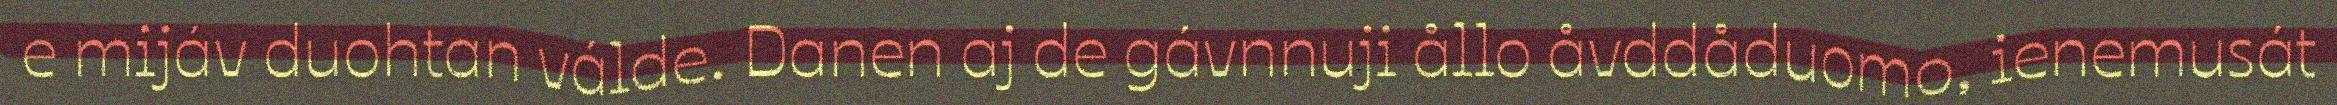
e mijáv duohtan válde. Danen aj de gávnnuji ållo åvddåduomo, ienemusát